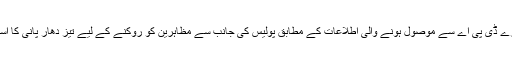
جرمن خبر رساں ادارے ڈی پی اے سے موصول ہونے والی اطلاعات کے مطابق پولیس کی جانب سے مظاہرین کو روکنے کے لیے تیز دھار پانی کا استعمال کیا جا رہا ہے۔